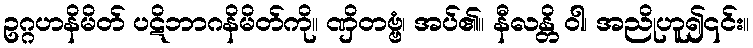
ဥဂ္ဂဟနိမိတ် ပဋိဘာဂနိမိတ်ကို။ ဏှိတဗ္ဗံ၊ အပ်၏။ နီလန္တိ ဝါ၊ အညိုဟူ၍၎င်း။